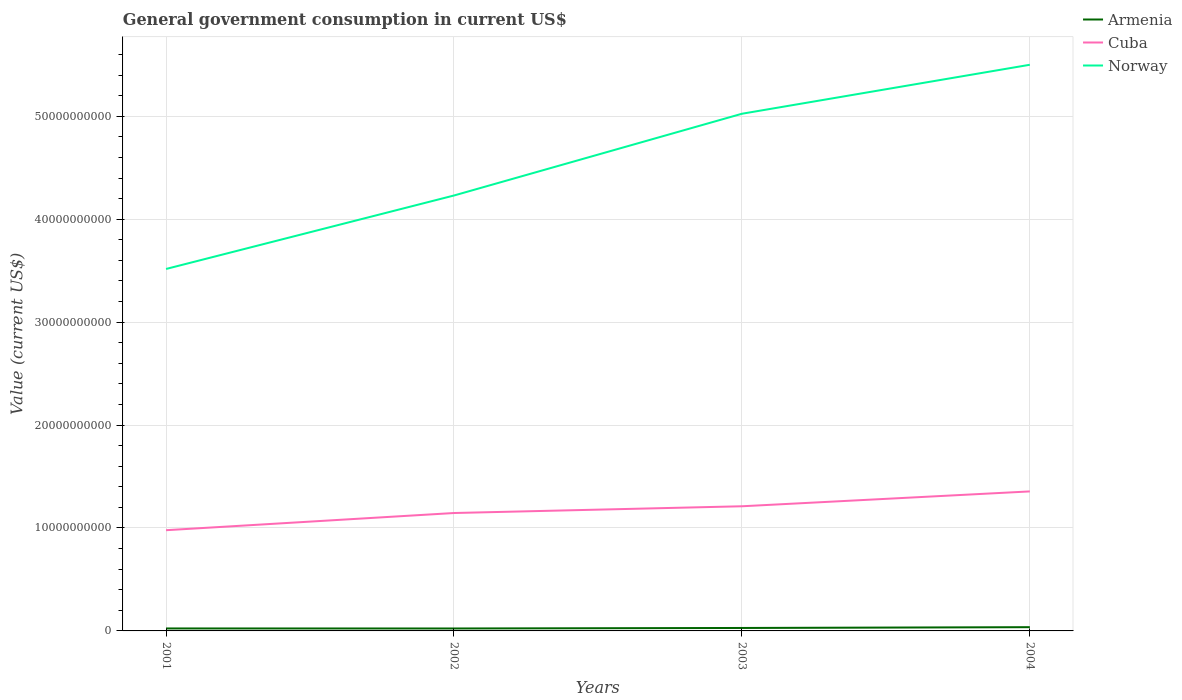
| Years | Armenia | Cuba | Norway |
 | --- | --- | --- | --- |
 | 2001 | 2.39e+08 | 9.79e+09 | 3.52e+10 |
 | 2002 | 2.37e+08 | 1.15e+10 | 4.23e+10 |
 | 2003 | 2.87e+08 | 1.21e+10 | 5.02e+10 |
 | 2004 | 3.64e+08 | 1.36e+10 | 5.5e+10 |